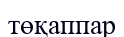
төқаппар